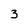
Character: 3